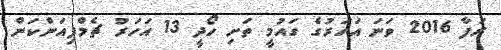
ރަފާ 2016 ވަނަ އަހަރުގެ ގައުމީ ތަށި ހޯދީ 13 އަހަރު ޗެމްޕިއަންކަން